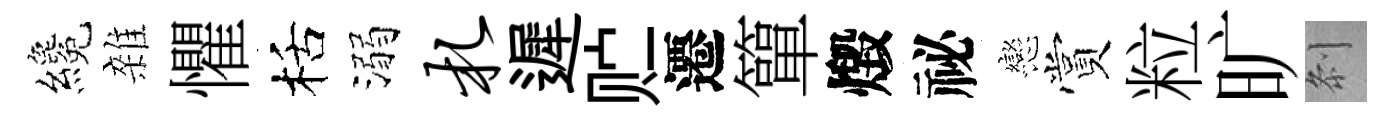
纔雜懼栝溺札遲贮遷簞燬祕戀賞粒旷𠛴